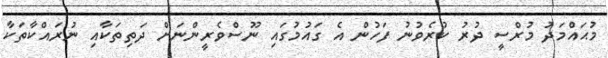
މުޙައްމަދު މުރްސީ ދުރު ކުރެވުނު ފަހުން އެ ގައުމުގައި ނޫސްވެރީންނަށް ދަތިތަކާއި ނުރައްކާތަކާ